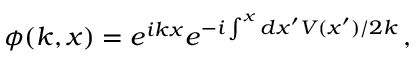
\phi ( k , x ) = e ^ { i k x } e ^ { - i \int ^ { x } d x ^ { \prime } V ( x ^ { \prime } ) / 2 k } \, ,